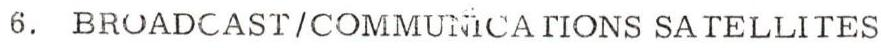
6. BROADCAST/COMMUNICATIONS SATELLITES